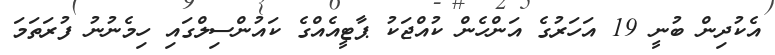
އެކުދިން ބުނީ 19 އަހަރުގެ އަންހެން ކުއްޖަކު ޕާޓީއެއްގެ ކައުންސިލްގައި ހިމެނުނު ފުރަތަމަ